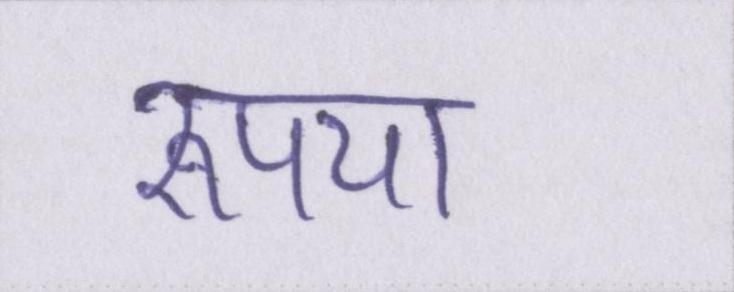
रूपया